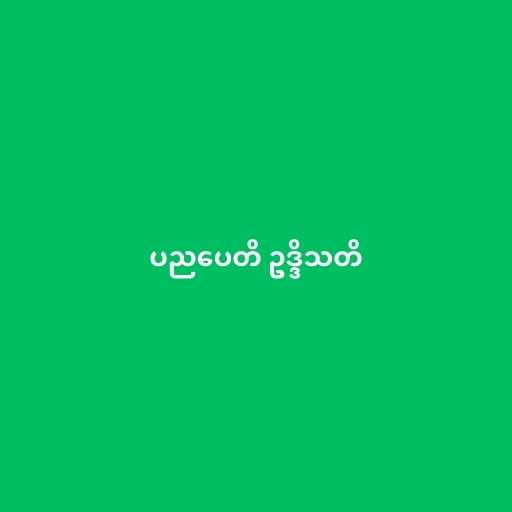
ပညပေတိ ဥဒ္ဒိသတိ